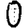
Digit: 0